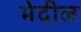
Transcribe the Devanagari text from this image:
भेदील